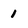
Character: 1